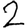
Digit: 2